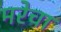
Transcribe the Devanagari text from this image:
मरेचा